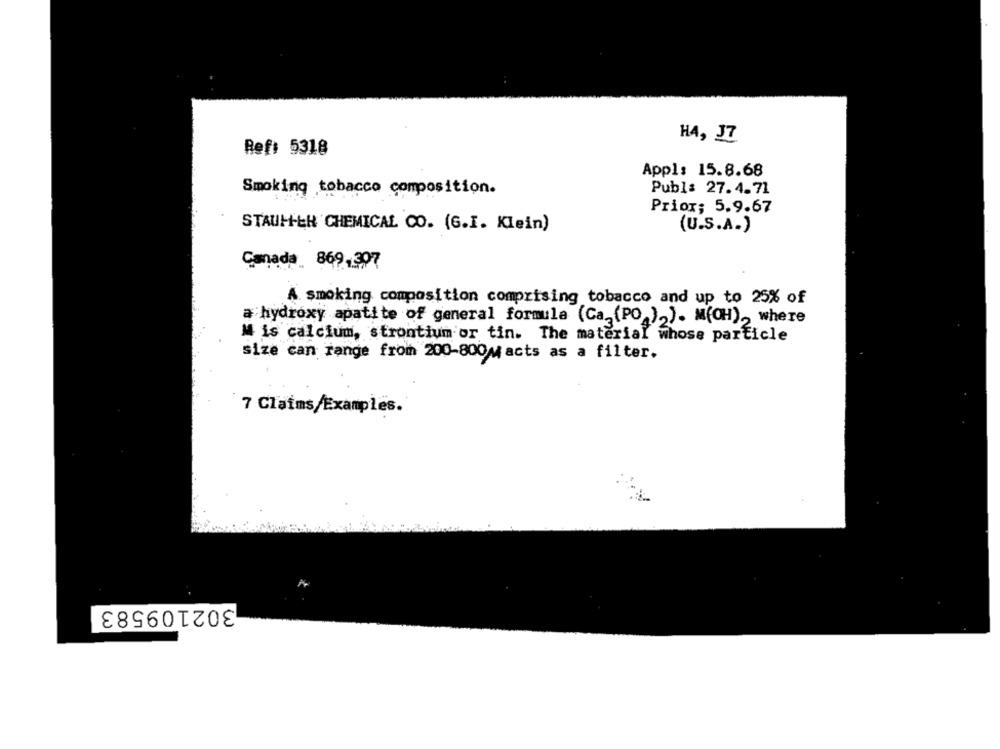
HA, J7
Ref: 5318
Appl: 15.8.68
Smoking tobacco composition.
Publ: 27.4.71
Priox; 5.9.67
STAUHER CHEMICAL CO. (G.I. Klein)
(U.S.A.)
Canada. 869,307
A. smoking composition comprising tobacco and up to 25% of
ą hydroxy apatite of general formula (Ca.(PO ),). M(CH), where
M is calcium, strontium or tin. The material whose particle
size can range from 200-800M acts as a filter.
7 Claims/Examples.
302109583